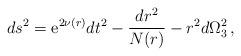
LaTeX: \begin{align*}ds^2={\rm e}^{2\nu(r)}dt^2- \frac{dr^2}{N(r)}-r^2 d\Omega_3^2\, ,\end{align*}